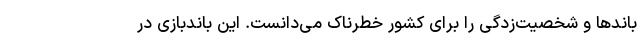
باندها و شخصیت‌زدگی را برای کشور خطرناک می‌دانست. این باندبازی در